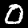
Digit: 0